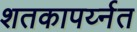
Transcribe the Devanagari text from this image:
शतकापर्य्नत